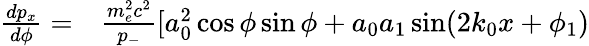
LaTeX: \begin{array}{rl}{\frac{dp_{x}}{d\phi}=}&{{}\frac{m_{e}^{2}c^{2}}{p_{-}}[a_{0}^{2}\cos\phi\sin\phi+a_{0}a_{1}\sin(2k_{0}x+\phi_{1})}\end{array}